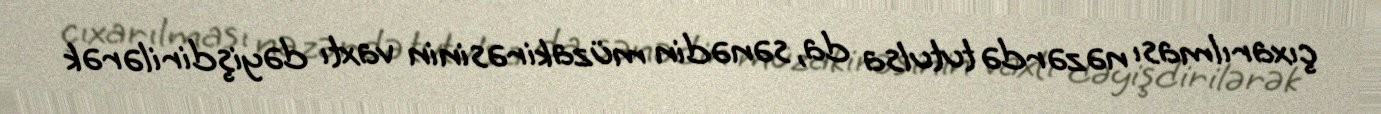
çıxarılması nəzərdə tutulsa da, sənədin müzakirəsinin vaxtı dəyişdirilərək